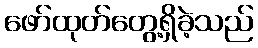
ဖော်ထုတ်တွေ့ရှိခဲ့သည်